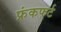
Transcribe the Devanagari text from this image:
फ्रंकफर्ट